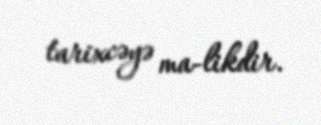
tarixcəyə ma­likdir.